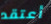
أعتقد